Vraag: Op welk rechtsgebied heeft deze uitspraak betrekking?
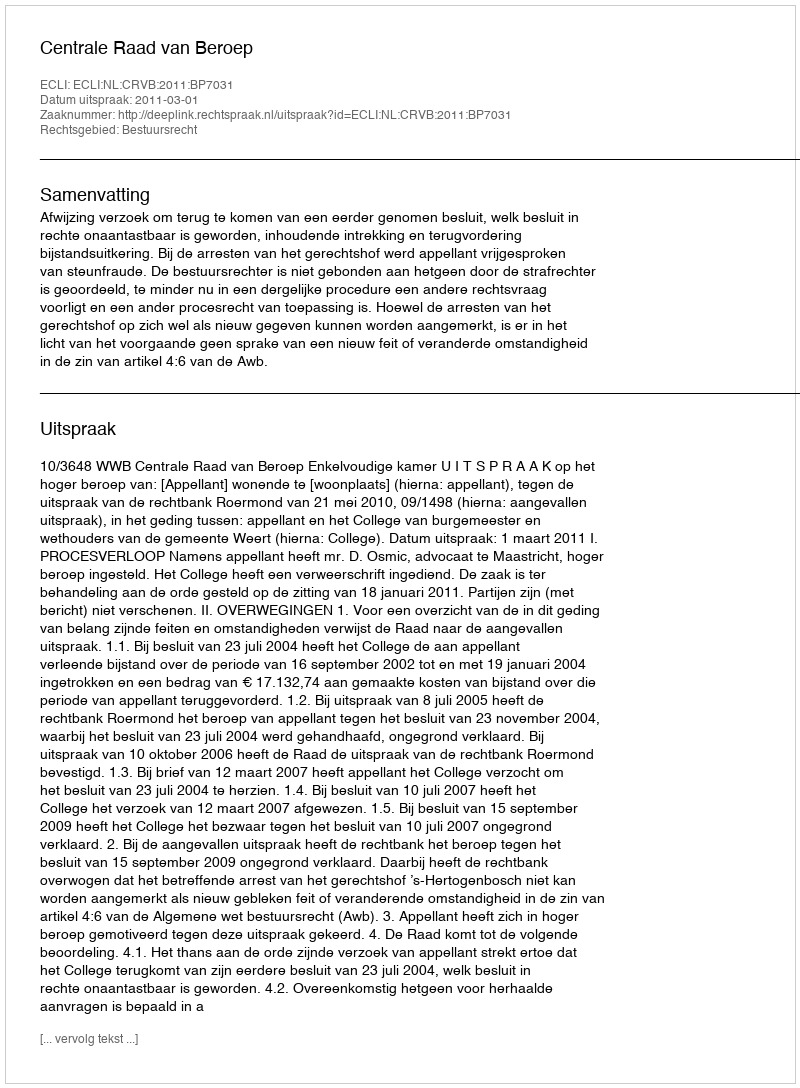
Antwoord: Bestuursrecht